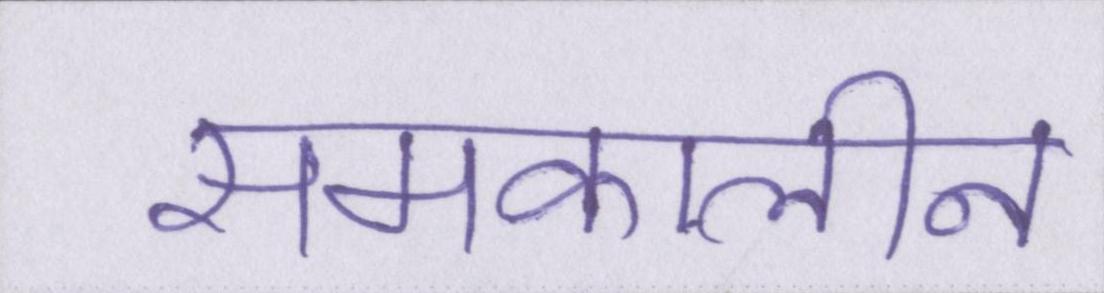
समकालीन